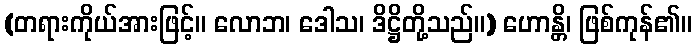
(တရားကိုယ်အားဖြင့်။ လောဘ၊ ဒေါသ၊ ဒိဋ္ဌိတို့သည်။) ဟောန္တိ၊ ဖြစ်ကုန်၏။